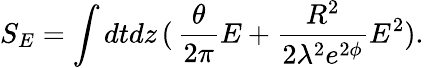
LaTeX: S_{E}=\int dtdz\, (\, \frac{\theta}{2\pi}E+\frac{R^{2}}{2\lambda^{2}e^{2\phi}}E^{2}).